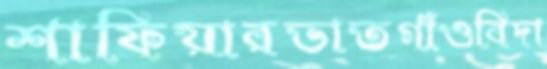
শাফিয়ারভাতগাঁওবিদা